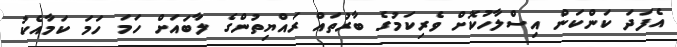
އެފަދަ ކަންކަން އިސްލާހުކޮށް ވެރިކަމުގެ ބާރުތައް ރައްޔިތުންގެ ލާބައަށް ހަމަ ހަމަ ކަމާއެކު